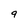
Character: 9